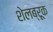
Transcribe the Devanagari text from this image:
शेलब्रूक